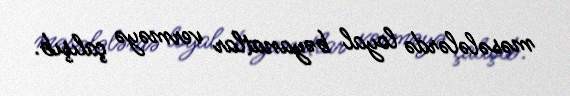
məsələlərdə loyal bəyanatlar verməyə çalışıb.